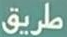
طريق